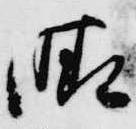
晴